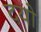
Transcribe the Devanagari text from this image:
दयो